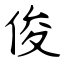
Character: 俊